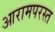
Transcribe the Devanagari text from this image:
आरामपरस्त